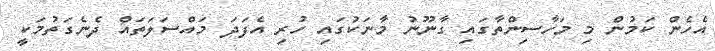
އެހެން ކަމުން މި މަހާސިންތާގައި ގާނޫނު މާނަކުގައި ހުރި އެފަދަ މައްސަލަތައް ދެނެގަތުމަކީ